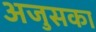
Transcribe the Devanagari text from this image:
अजुसका